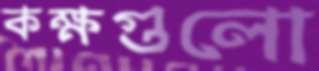
কক্ষগুলো